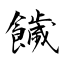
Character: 饖